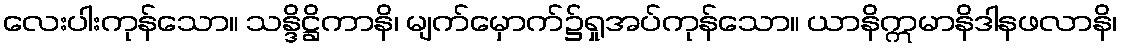
လေးပါးကုန်သော။ သန္ဒိဋ္ဌိကာနိ၊ မျက်မှောက်၌ရှုအပ်ကုန်သော။ ယာနိဣမာနိဒါနဖလာနိ၊